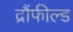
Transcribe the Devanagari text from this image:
द्रौंफील्ड